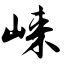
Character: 崃